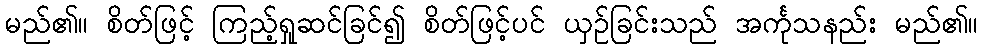
မည်၏။ စိတ်ဖြင့် ကြည့်ရှုဆင်ခြင်၍ စိတ်ဖြင့်ပင် ယှဉ်ခြင်းသည် အင်္ကုသနည်း မည်၏။